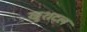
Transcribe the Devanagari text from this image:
खुशदल